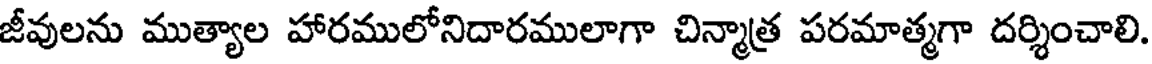
జీవులను ముత్యాల హారములోనిదారములాగా చిన్మాత్ర పరమాత్మగా దర్శించాలి.